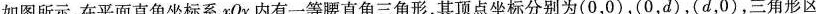
如图所示，在平面直角坐标系xOy内有一等腰直角三角形，其顶点坐标分别为(0，0)，(0，d)，(d，0)，三角形区